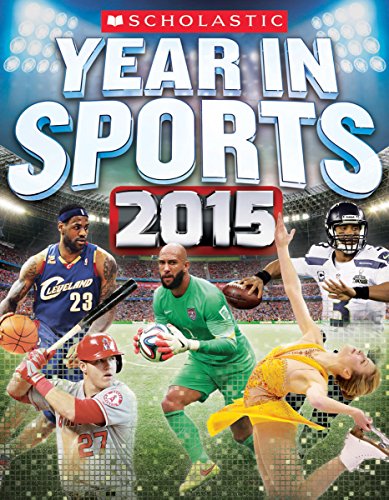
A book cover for Scholastic Year in Sports 2015; James Buckley Jr.; Children's Books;